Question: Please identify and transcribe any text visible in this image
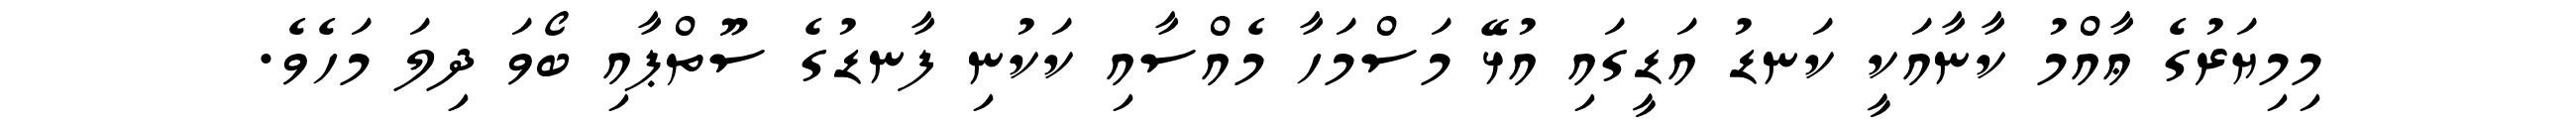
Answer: މިމިޔަރުގެ ޢާއްމު ކާނާއަކީ ކަނޑު އަޑީގައި އުޅޭ މަސްމަހާ މެއްސާއި ކަކުނި ފާނޑުގެ ސޫތްޕާއި ބޯވަ ދިލަ މަހެވެ.